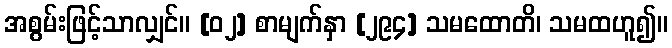
အစွမ်းဖြင့်သာလျှင်။ [၀၂] စာမျက်နှာ [၂၉၄] သမထောတိ၊ သမထဟူ၍။